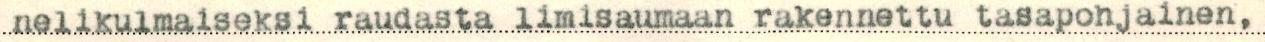
nelikulmaiseksi raudasta limisaumaan rakennettu tasapohjainen,